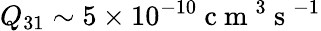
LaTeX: Q_{31}\sim 5\times 10^{-10}\mathrm{~c~m~}^{3}\mathrm{~s~}^{-1}